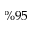
\% 9 5